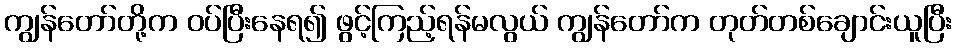
ကျွန်တော်တို့က ဝပ်ပြီးနေရ၍ ဖွင့်ကြည့်ရန်မလွယ် ကျွန်တော်က တုတ်တစ်ချောင်းယူပြီး